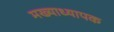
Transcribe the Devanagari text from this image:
मख्याध्यापक